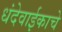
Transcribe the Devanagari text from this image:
धंदेवाईकाचे